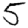
Digit: 5